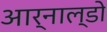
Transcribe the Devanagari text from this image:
आर्नाल्डो